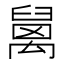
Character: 𥝅